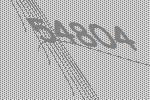
54804